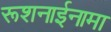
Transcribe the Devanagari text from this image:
रूशनाईनामा